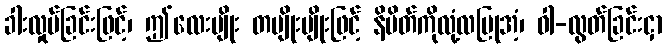
ခါးလှုပ်ခြင်းဖြင့်၊ ဤလေးမျိုး တမျိုးမျိုးဖြင့် နိမိတ်ကိုလုံ့လပြုအံ့၊ ဝါ-လွတ်ခြင်းငှာ